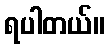
ရပါတယ်။